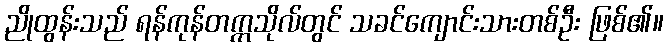
ညိုထွန်းသည် ရန်ကုန်တက္ကသိုလ်တွင် သခင်ကျောင်းသားတစ်ဦး ဖြစ်၏။